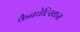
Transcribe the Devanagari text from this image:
कैनचेल्स्किस